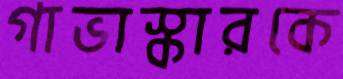
গাভাস্কারকে